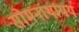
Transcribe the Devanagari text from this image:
सोमनाथायय